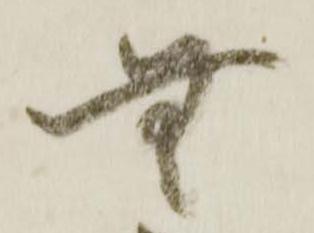
無